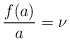
\begin{align*} \frac{f(a)}{a}=\nu\end{align*}